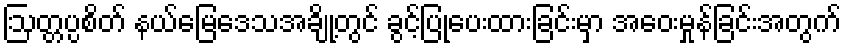
ဩတ္တပ္ပစိတ် နယ်မြေဒေသအချို့တွင် ခွင့်ပြုပေးထားခြင်းမှာ အဝေးမှုန်ခြင်းအတွက်